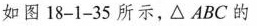
如图 18-1-35 所示，△ABC的